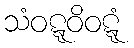
သံဝဋ္ဋဝိဝဋ္ဋံ